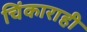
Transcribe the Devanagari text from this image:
चिंकाराही